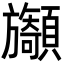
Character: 𩕲